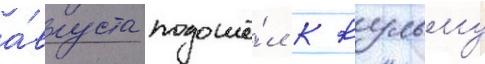
а́вгуста подошё́л к кульму